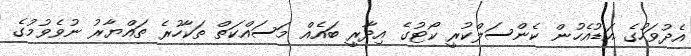
އެދުވަހުގެ އަޑުއެހުން ކެންސަލްކުރީ ކޯޓުގެ އިދާރީ ބައެއް މަސައްކަތް ތަކާހުރެ ތައްޔާރު ނުވެވުމުގެ